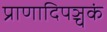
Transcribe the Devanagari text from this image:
प्राणादिपञ्चकं